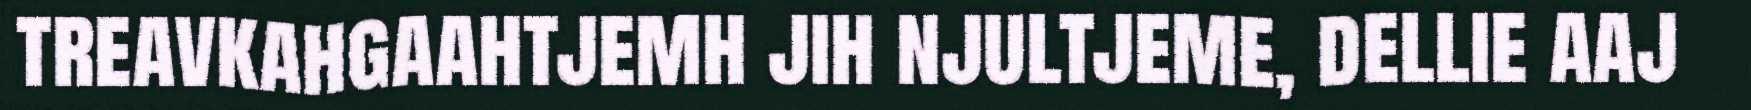
treavkahgaahtjemh jih njultjeme, dellie aaj